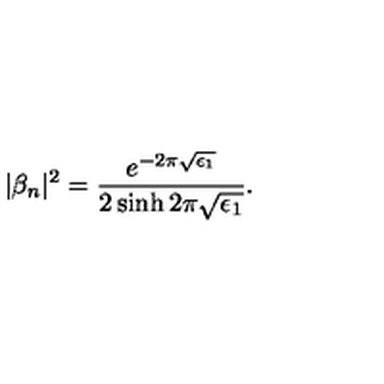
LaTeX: | \beta _ { n } | ^ { 2 } = \frac { e ^ { - 2 \pi \sqrt { \epsilon _ { 1 } } } } { 2 \sinh 2 \pi \sqrt { \epsilon _ { 1 } } } .